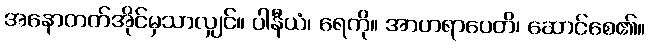
အနောတတ်အိုင်မှသာလျှင်။ ပါနီယံ၊ ရေကို။ အာဟရာပေတိ၊ ဆောင်စေ၏။